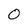
Character: 0